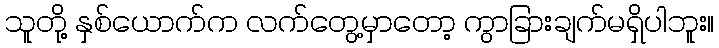
သူတို့ နှစ်ယောက်က လက်တွေ့မှာတော့ ကွာခြားချက်မရှိပါဘူး။